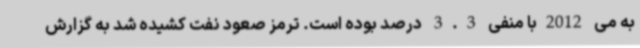
به می 2012با منفی 3.3 درصد بوده است. ترمز صعود نفت کشیده شد به گزارش